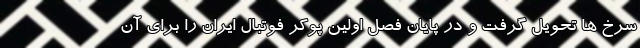
سرخ ها تحویل گرفت و در پایان فصل اولین پوکر فوتبال ایران را برای آن